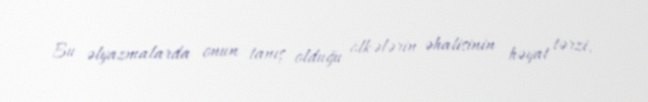
Bu əlyazmalarda onun tanış olduğu ölkələrin əhalisinin həyat tərzi,